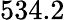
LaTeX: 534.2